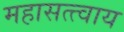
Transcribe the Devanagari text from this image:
महासत्त्वाय